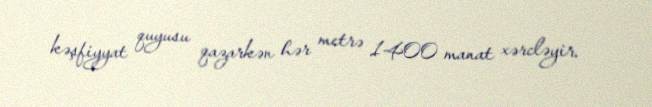
kəşfiyyat quyusu qazarkən hər metrə 1400 manat xərcləyir.